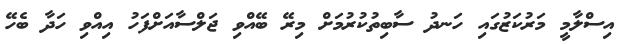
އިސްލާމީ މަރުކަޒުގައި ހަނދު ސާބިތުކުރުމަށް މިރޭ ބޭއްވި ޖަލްސާއަށްފަހު އިއްވި ހަދާ ބެހޭ